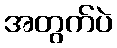
အတွက်ပဲ